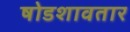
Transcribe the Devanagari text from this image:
षोडशावतार